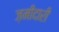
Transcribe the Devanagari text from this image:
ज़मीदारी